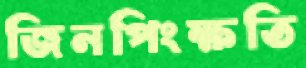
জিনপিংক্ষতি